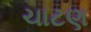
ચાટણ